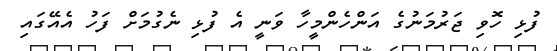
ފުޅި ހޮވި ޖަރުމަނުގެ އަންހެންމީހާ ވަނީ އެ ފުޅި ނެގުމަށް ފަހު އެއޭގައި